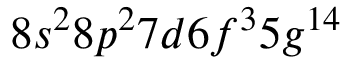
8 s ^ { 2 } 8 p ^ { 2 } 7 d 6 f ^ { 3 } 5 g ^ { 1 4 }